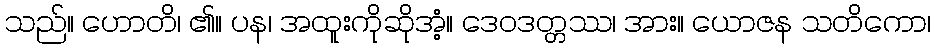
သည်။ ဟောတိ၊ ၏။ ပန၊ အထူးကိုဆိုအံ့။ ဒေဝဒတ္တဿ၊ အား။ ယောဇန သတိကော၊